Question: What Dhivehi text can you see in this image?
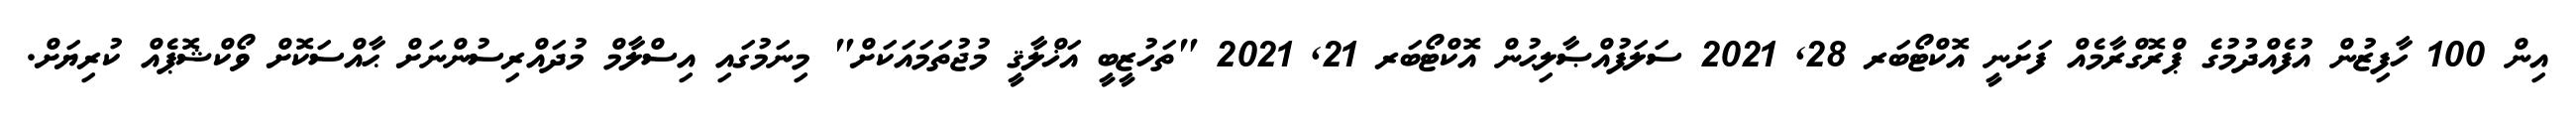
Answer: އިން 100 ހާފިޒުން އުފެއްދުމުގެ ޕްރޮގްރާމެއް ފަށަނީ އޮކްޓޯބަރ 28, 2021 ސަލަފުއްޞާލިޙުން އޮކްޓޯބަރ 21, 2021 "ތަހުޒީބީ އަޚްލާޤީ މުޖުތަމައަކަށް" މިނަމުގައި އިސްލާމް މުދައްރިސުންނަށް ޙާއްސަކޮށް ވޯކްޝޮޕެއް ކުރިޔަށް.